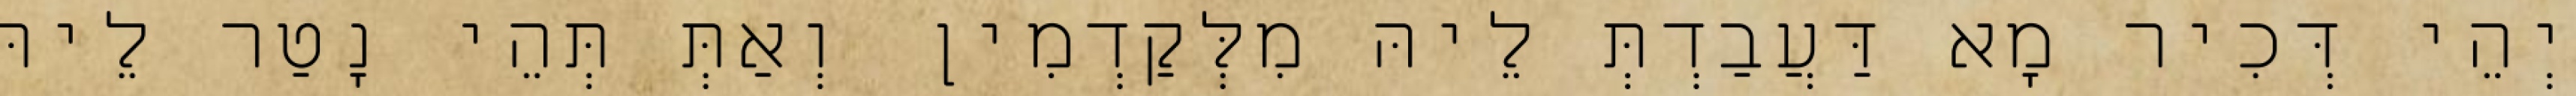
יְהֵי דְּכִיר מָא דַּעֲבַדְתְּ לֵיהּ מִלְּקַדְמִין וְאַתְּ תְּהֵי נָטַר לֵיהּ